Annual administration report of the Civil Veterinary Department of India - 1895-1896
Year: 1895
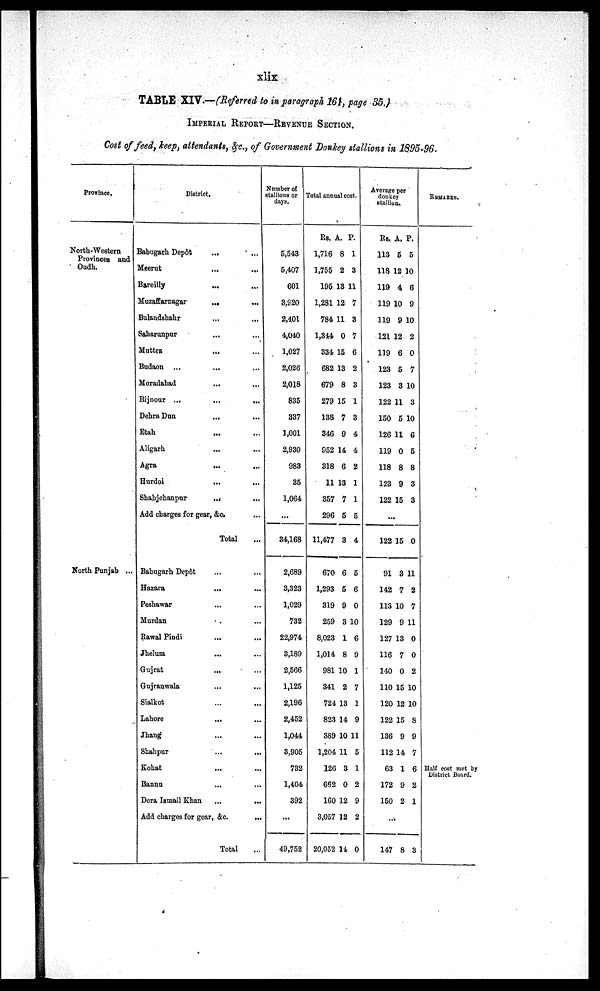
xlix
TABLE XIV.—(Referred to in paragraph 161, page 35,)
IMPERIAL, REPORT—REVENUE SECTION.
Cost of feed, hep, attendants, &c., of Government Donkey stallions in 1895-96.
Province.
North-Western
Provinces and
Oudh.
North Punjab ...
District.
Babugarh Depôt ... ...
Meerut ... ...
Bareilly
...
...
Mazaffernagar ... ...
Bulandshahr ... ...
Saharunpur
...
...
Mattra
...
...
Budaon
...
...
...
Moradabad ... ...
Bijnour
...
...
...
Dehra Dun
...
...
Etak
...
...
Aligarh
...
...
Agra
...
...
Hurdoi
...
...
Shahjehanpur ... ...
Add charges for gear, &c. ...
Total
...
Babugarh Depôt ... ...
Hazara
...
...
Peshawar
...
Murdan ... ...
Rawal Pindi ... ...
Jhelum
...
...
Gujrat
...
Gujranwala
Sialkot
...
...
Lahor
...
Jhang
... ...
Shahpur
...
...
Kohat
...
...
Bannu
... ...
Dera Ismail
Khan
...
...
Add charges for gear, &c. ...
Total ...
Number of
stallion or
days.
5,543
5,407
601
3,920
2,401
4,040
1,027
2,026
2,018
835
337
1,001
2,930
983
35
1,064
...
34,168
2,689
3,323
1,039
732
22,974
3,189
2,588
1,125
2,196
2,452
1,044
3,905
732
1,404
392
...
49,752
Total annual cost.
Rs.
1,716
1755
195
1,281
784
1,344
334
682
679
279
138
346
952
318
11
357
296
11,477
670
1,293
319
259
8,023
1,014
981
341
724
823
389
1,204
126
662
160
3,057
20,052
A.
8
2
13
12
11
0
15
13
8
15
7
9
14
6
13
7
5
3
6
5
9
3
1
8
10
2
13
14
10
11
3
0
12
12
14
P.
1
3
11
7
3
7
6
2
3
1
8
4
4
2
1
1
5
4
5
6
0
10
6
9
1
7
1
9
11
5
1
2
9
2
0
Average per
donkey
stallion
Rs.
113
118
119
119
110
121
119
123
123
122
150
126
119
118
123
122
A.
5
12
4
10
9
12
6
5
3
11
5
11
0
8
9
15
P.
5
10
6
9
10
2
0
7
10
8
10
6
5
8
3
3
...
122
91
143
113
129
127
116
140
110
120
122
136
112
63
172
150
15
3
7
10
9
13
7
0
15
12
15
9
14
1
9
0
0
11
2
7
11
0
0
2
10
10
8
9
7
6
2
1
...
147 8 3
REMARKS
Half east met by
District Board.